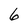
Character: 6